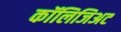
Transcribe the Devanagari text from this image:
कॉलिजिअट